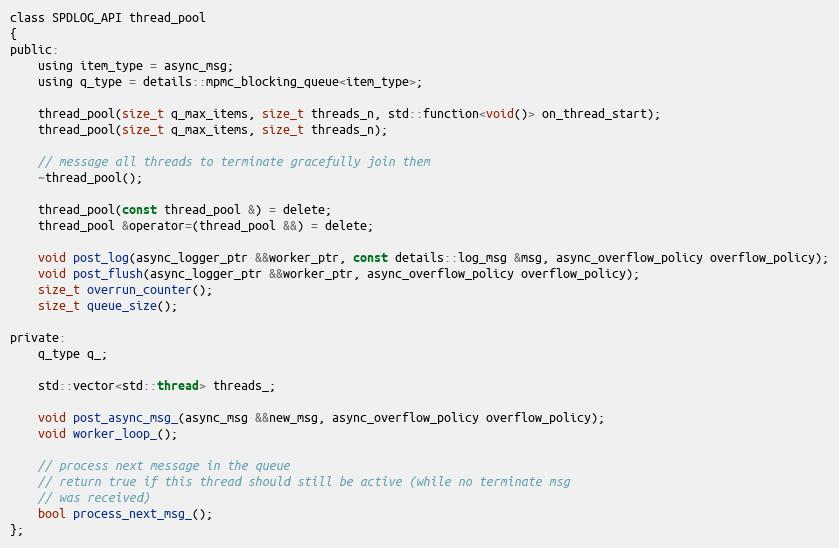
Language: C
class SPDLOG_API thread_pool
{
public:
    using item_type = async_msg;
    using q_type = details::mpmc_blocking_queue<item_type>;

    thread_pool(size_t q_max_items, size_t threads_n, std::function<void()> on_thread_start);
    thread_pool(size_t q_max_items, size_t threads_n);

    // message all threads to terminate gracefully join them
    ~thread_pool();

    thread_pool(const thread_pool &) = delete;
    thread_pool &operator=(thread_pool &&) = delete;

    void post_log(async_logger_ptr &&worker_ptr, const details::log_msg &msg, async_overflow_policy overflow_policy);
    void post_flush(async_logger_ptr &&worker_ptr, async_overflow_policy overflow_policy);
    size_t overrun_counter();
    size_t queue_size();

private:
    q_type q_;

    std::vector<std::thread> threads_;

    void post_async_msg_(async_msg &&new_msg, async_overflow_policy overflow_policy);
    void worker_loop_();

    // process next message in the queue
    // return true if this thread should still be active (while no terminate msg
    // was received)
    bool process_next_msg_();
};